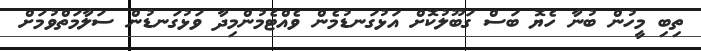
ތިބި މީހުން ބުނާ ހެޔޮ ބަސް ގަބޫލުކޮށް އަޅުގަނޑުމެން ވެއްޓެމުންމިދާ ވަޅުގަނޑުން ސަލާމަތްވުމަށް